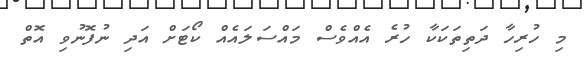
މި ހުރިހާ ދަތިތަކަކާ ހުރެ އެއްވެސް މައްސަލައެއް ކޯޓަށް އަދި ނުފޮނުވި އޮތް